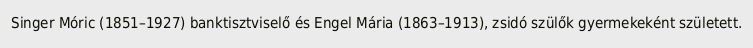
Singer Móric (1851–1927) banktisztviselő és Engel Mária (1863–1913), zsidó szülők gyermekeként született.